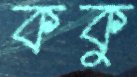
ককু